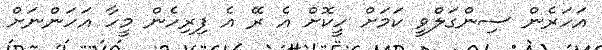
އަހަރެން ސިންގަލްވީ ކަމަށް ހީކޮށް އެ ރޭ އެ ފިރިހެން މީހާ އަހަންނަށް